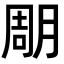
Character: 𣍼